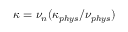
\kappa = \nu _ { n } ( \kappa _ { p h y s } / \nu _ { p h y s } )